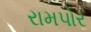
રામપોર